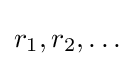
r_{1},r_{2},\dots